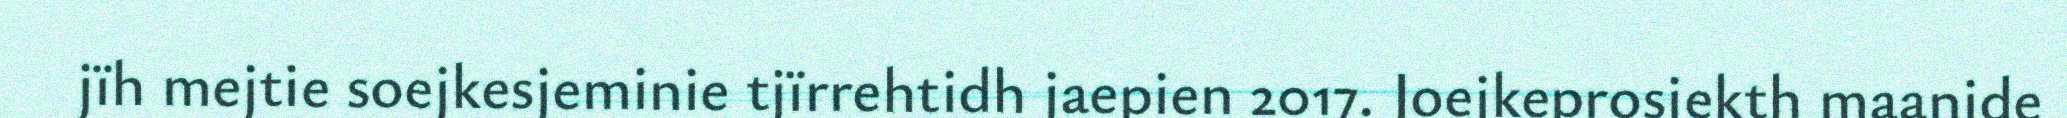
jïh mejtie soejkesjeminie tjïrrehtidh jaepien 2017. Joejkeprosjekth maanide